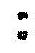
: